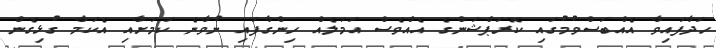
ހަދާފައިވާ އެއްބަސްވުމުގައި ކޮރަޕްޝަންގެ އެއްވެސް އަމަލެއް ހިންގާފައި ނުވާނެ ކަމަށާއި އެކަމާ ގުޅިގެން